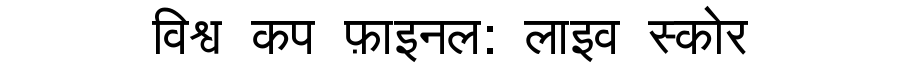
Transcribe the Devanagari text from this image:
विश्व कप फ़ाइनल: लाइव स्कोर